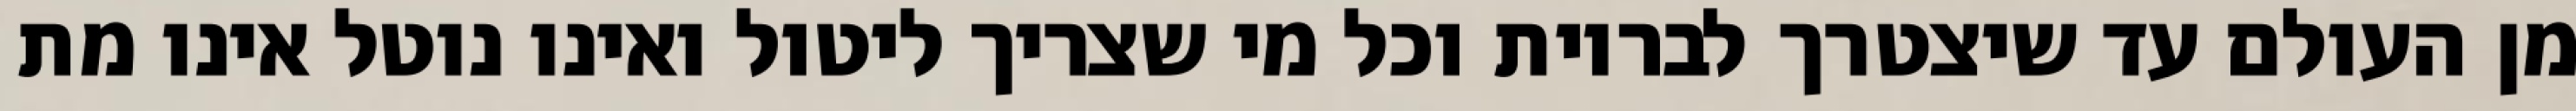
מן העולם עד שיצטרך לבריות וכל מי שצריך ליטול ואינו נוטל אינו מת